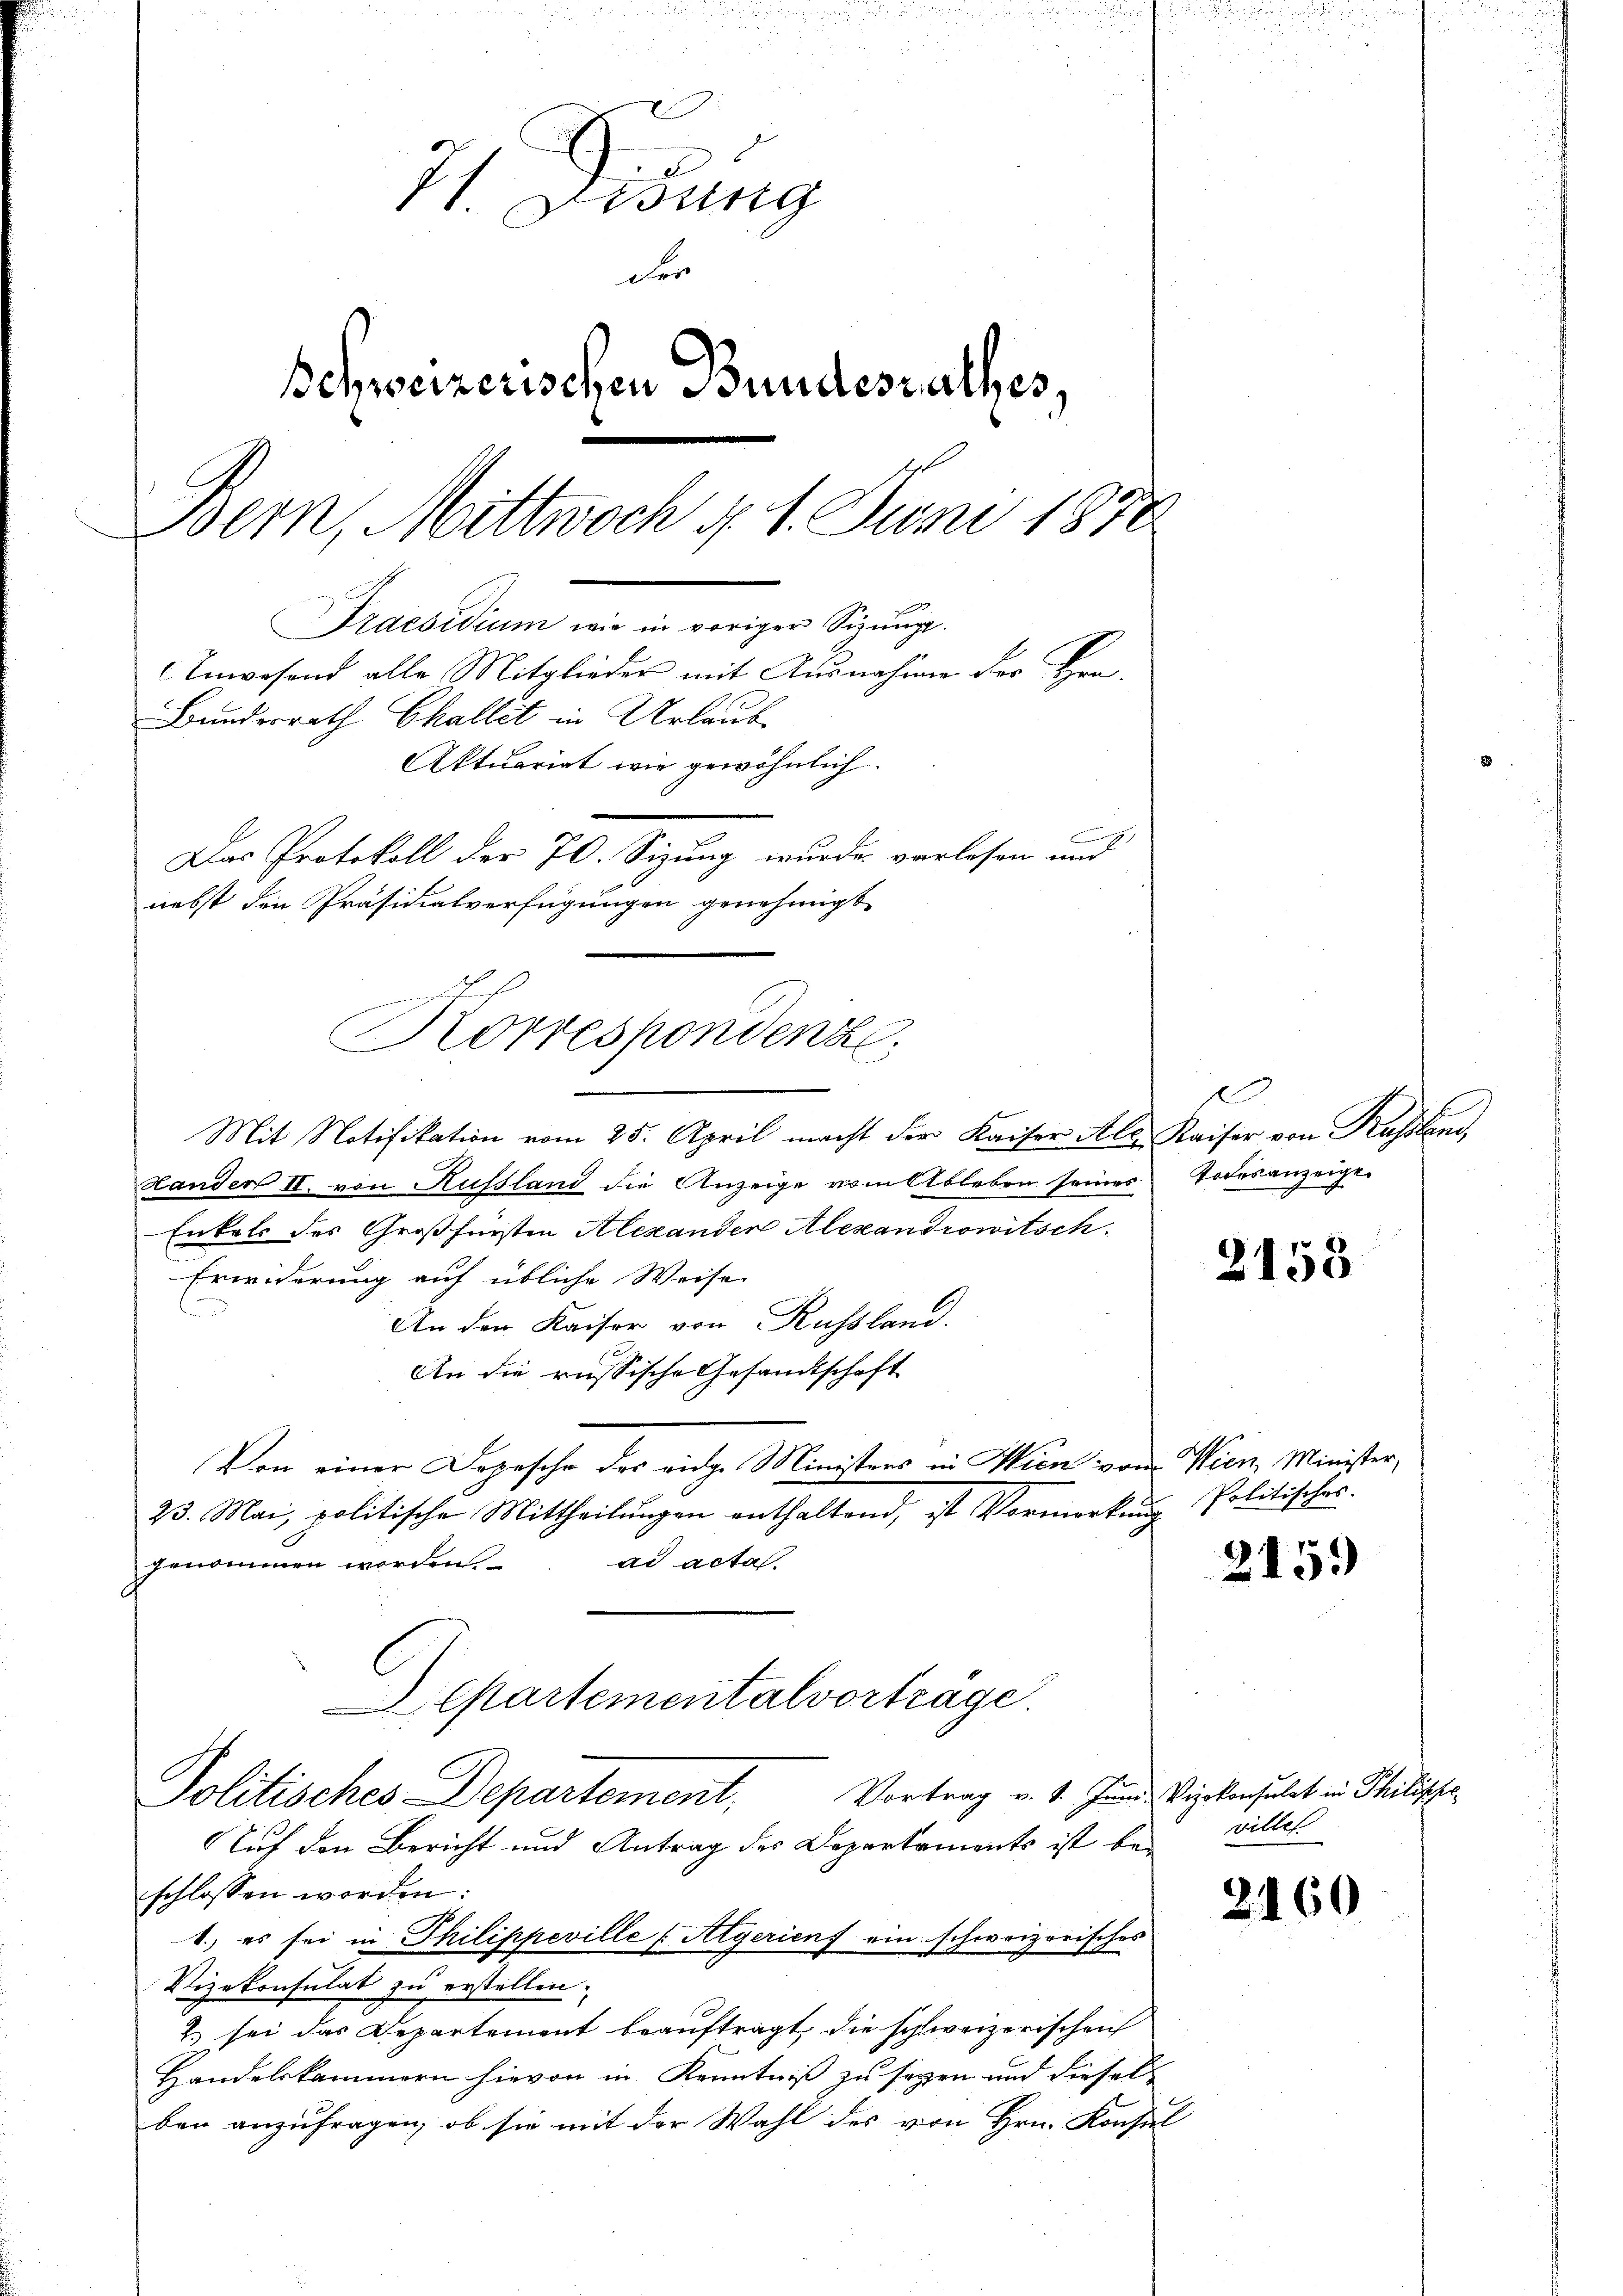
71. Debung
der
Schweizerischen Bundesrathes,
Bern, Mittwoch d. 1. Juni 1878.
Praesidium wir in voriger Sizŭng.
Unwesend alle Mitglieder mit Ausnahme der Bra
Bundesrath Challet in Urlaub
Aktuariat wie gewöhnlich.
Das Protokoll der 70. Sizung wurde vorlesen und
nebst den Präsidialverfügungen genehmigt.

Korrespondenz.
u

Mit Notifikation vom 25. April macht der Kaiser Ale Kaiser von Kussland,
Landen II. von Russland die Anzeige vom Ableben seines
Enkels des Großfürsten Alexanden Alexandrowitsch
Erwiderung auf übliche Weise
An den Kaiser von Russland.
An die russische Gesandtschaft
Von einer Depesche des eidge Ministers in Wien von Wien, Minister,
23. Mai, politische Mittheilungen enthaltend, ist Vormerkung
ad acta.
genommen worden.
Alpartementalvortrage.
Politisches Departement, Vortrag v. 4. Jun. Vizekonsulat in Philische
Auf den Bericht und Antrag des Departaments ist bei willes
schlossen worden:
1., es sei in Thilippeville [Algerienf ein schweizerisches
Vizekonsulat zu erstellen.
2.) sei das Departement beauftragt, die schweizerischen
Handelskammern hievon in Kenntniß zu seyen und diesel
ben anzufragen, ob sie mit der Wahl des von Hrn. Konsul

b

1
Todesanzeige.

2158

Politisches.

215)

2160